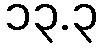
၁၃.၃